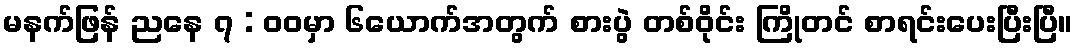
မနက်ဖြန် ညနေ ၇ : ဝဝမှာ ၆ယောက်အတွက် စားပွဲ တစ်ဝိုင်း ကြိုတင် စာရင်းပေးပြီးပြီ။